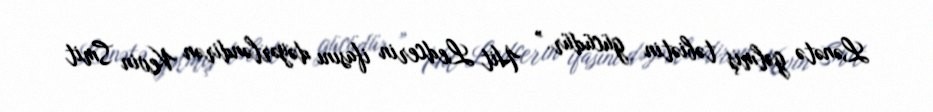
Lənətə gəlmiş təbiətin gücüdür.” Hit Ledcerin ifasını dəyərləndirən Kevin Smit